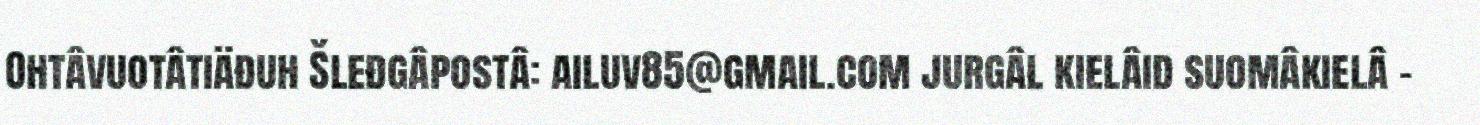
Ohtâvuotâtiäđuh Šleđgâpostâ: ailuv85@gmail.com jurgâl kielâid suomâkielâ -